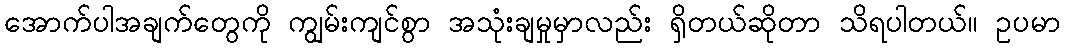
အောက်ပါအချက်တွေကို ကျွမ်းကျင်စွာ အသုံးချမှုမှာလည်း ရှိတယ်ဆိုတာ သိရပါတယ်။ ဥပမာ